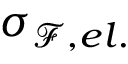
\sigma _ { \mathcal { F } , e l . }